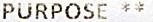
PURPOSE **